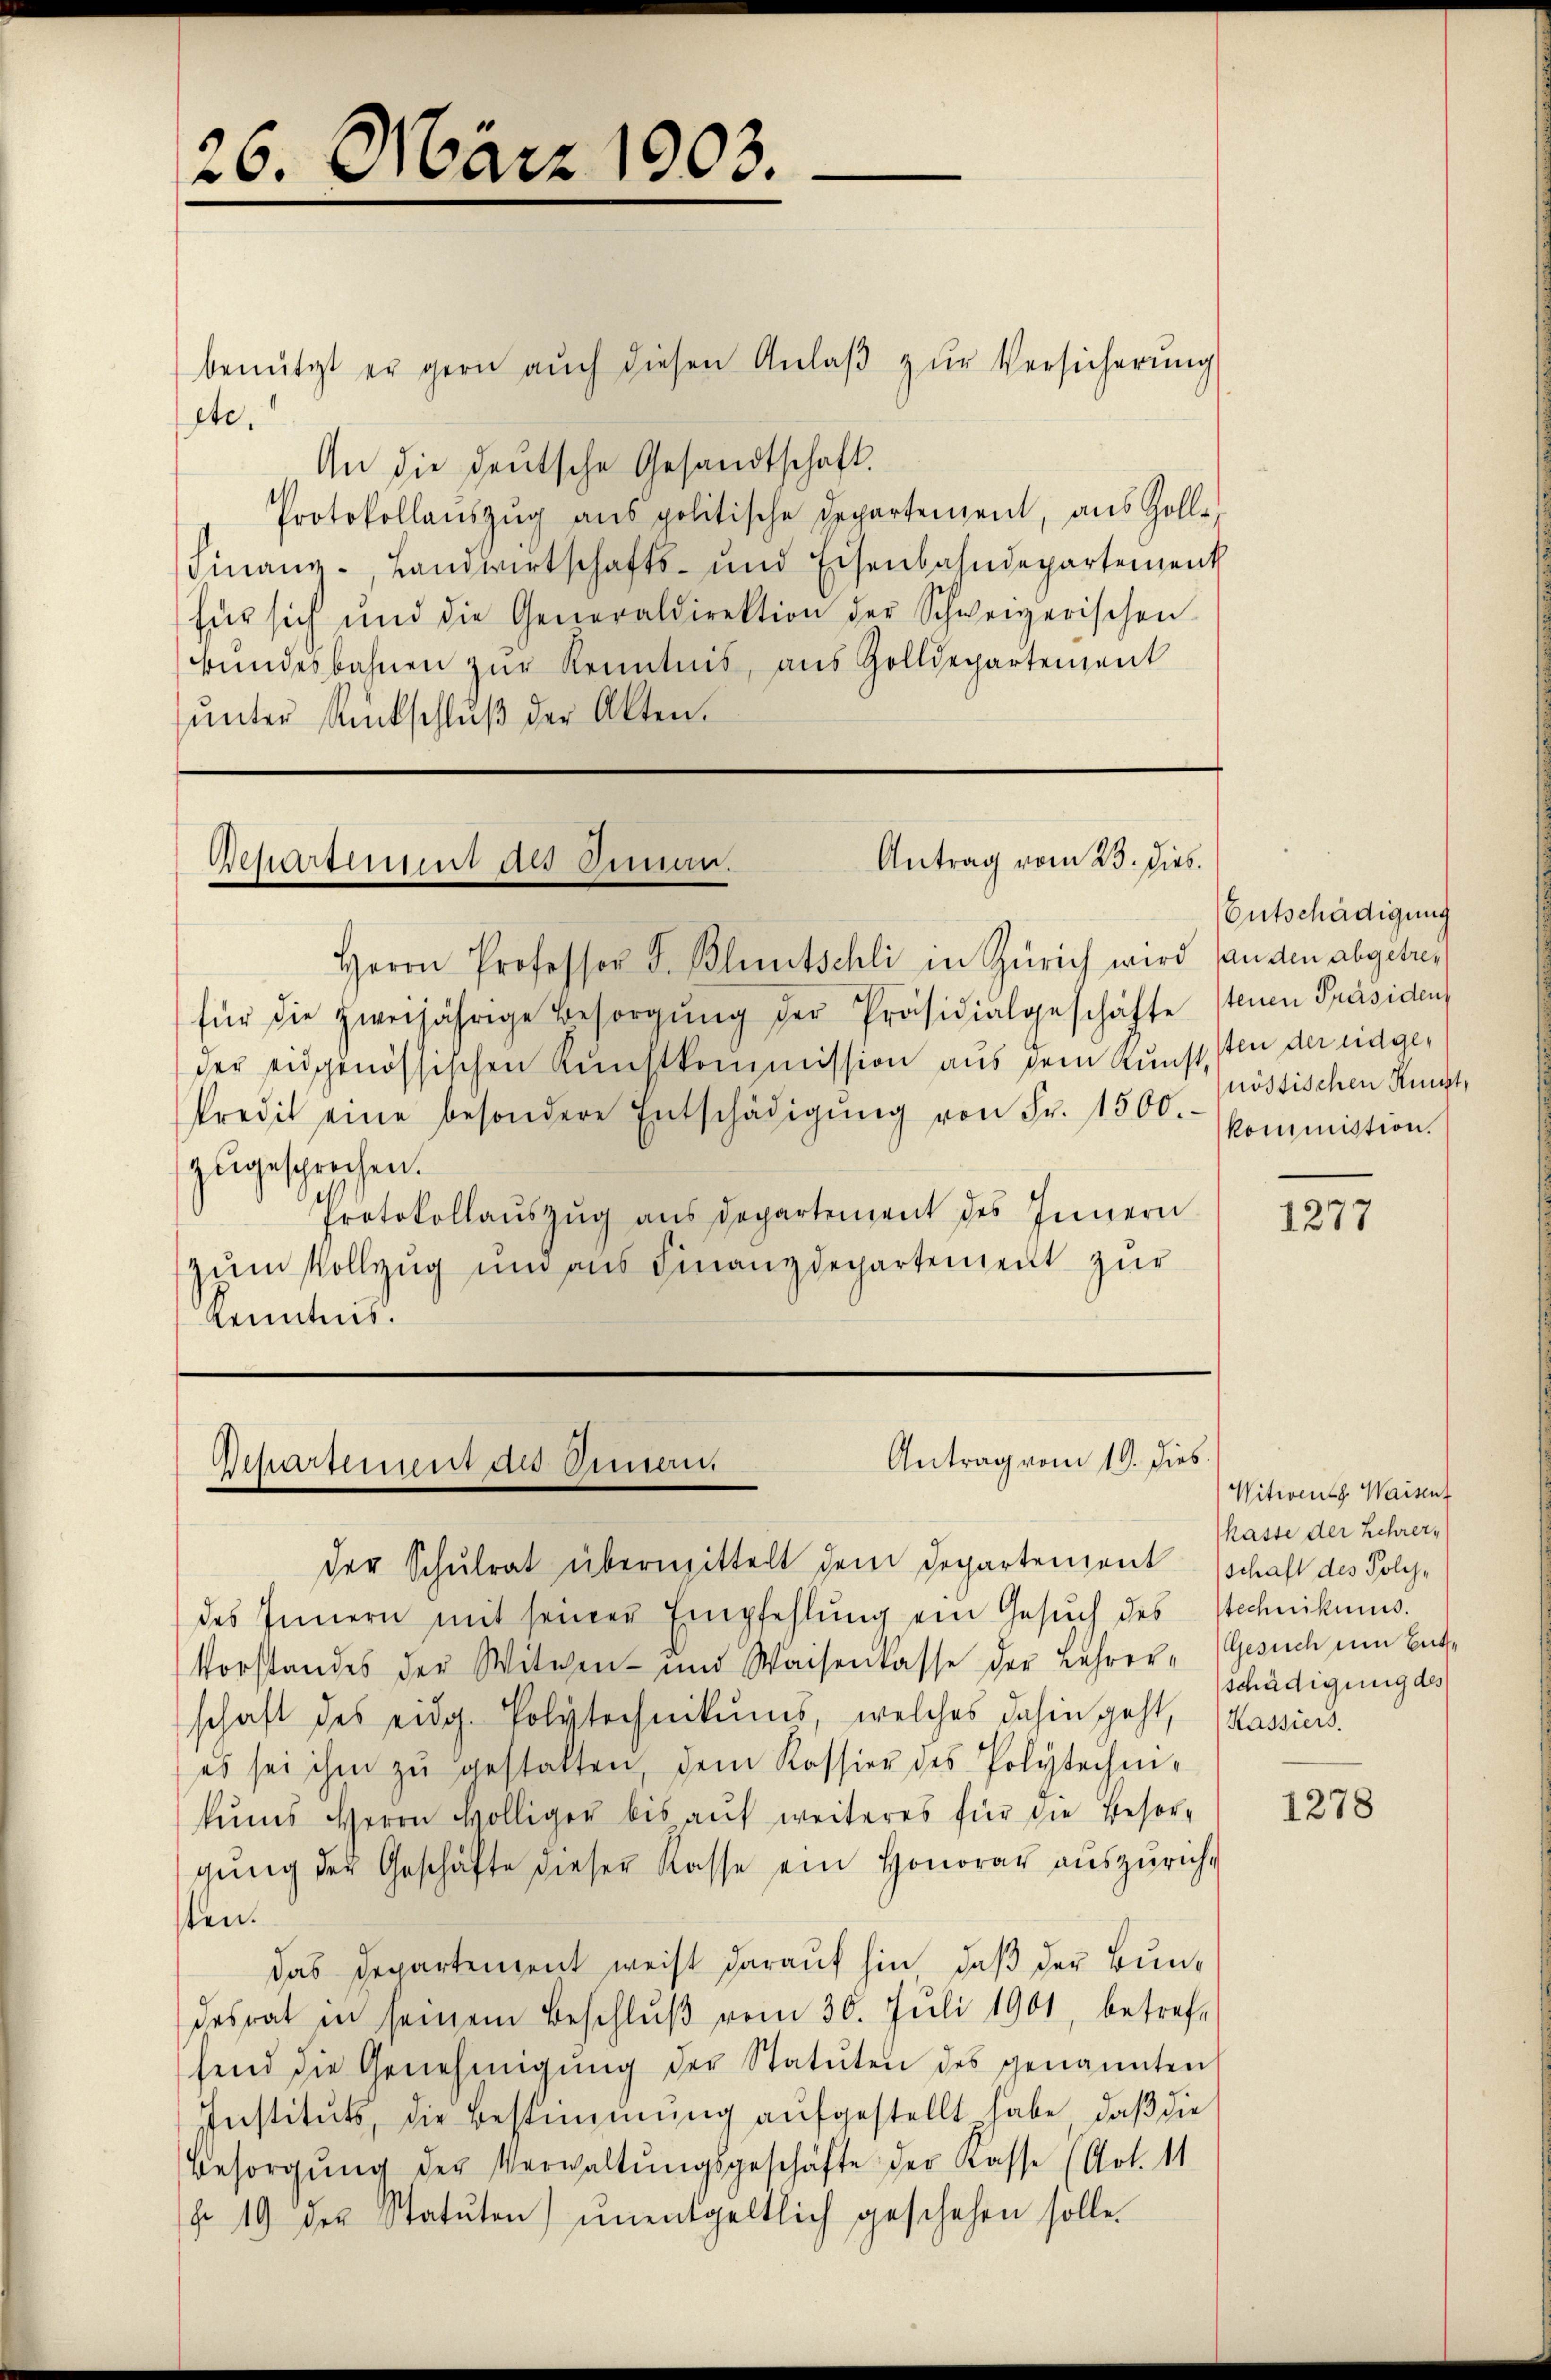
26. März 1903.

benützt er gern aŭch diesen Anlaβ zŭr Versicherung
ste.
An die deutsche Gesandtschaft.
Protokollauszug aus politische Departement, aus Zolle¬
Finanz-, Landwirtschafts- und Eisenbahndepartement
für sich und die Generaldirektion der Schweizerischen
bŭndesbahnen zŭr Kenntnis, aus Zolldepartement
ŭnter Rückschlŭβ der Akten.

Herrn Professor J. Bluntschli in Zürich wird fanden abgetreff
für die zweijährige Besorgŭng der Präsidialgeschäfte stenen Präsiden
der eidgenössischen Kunstkommission aus dem Kunsten der eidge¬
Predit eine besondere Entschädigŭng von Fr. 1500.- kommission.
zugesprochen.
Protokollauszug aus Departement des Innern
zum Vollzug und aus Finanzdepartement zur
Kenntnis.

Antrag vom 23. dies.
Departement des Armen.

Antrag vom 19. dies
Departement des Armen

der Schulrat übermittelt dem Departement (schaft des Poly-
des Innern mit seiner Empfehlŭng ein Gesŭch des Stechnikums.
Vorstandes der Witwen- und Waisenkasse der Lehrer- Gesuch um Entschaft des eidg. Polytechnikums, welches dahin geht, Kassiers.
es sei ihm zŭ gestatten, dem Kassier des Polytechi-
kums Herrn völliger bis auf weiteres für die Besorgŭng der Geschäfte dieser Kasse ein Honorar aŭszŭrich-
sten.
das Departenzent weist darauf hin, daß der Bundesrat in seinem Beschlŭβ vom 30. Jŭli 1901, betref-
send die Genehmigŭng der Statuten des genannten
Instituts, die Bestimmung aufgestellt habe, daß die
Besorgŭng der Verwaltŭngsgeschäfte der Kasse (Art. 11
do. 19 der Statuten) ŭnentgeltlich geschehen solle.

Entschädigung
nöstischen Kunst,

1277

Witwens Waisent
kasse der Lehrer,
schädigung des

1278